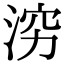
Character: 𪶉